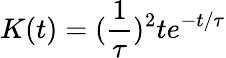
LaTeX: K(t)=(\frac{1}{\tau})^{2}te^{-t/\tau}